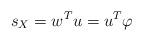
LaTeX: \begin{align*}s_{X}=w^{T}u=u^{T}\varphi\end{align*}